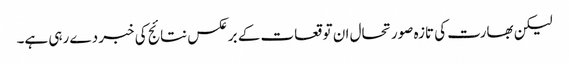
لیکن بھارت کی تازہ صورتحال ان توقعات کے برعکس نتائج کی خبر دے رہی ہے۔